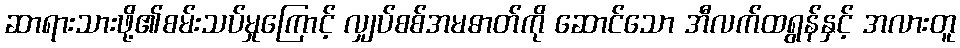
ဆာရားသားဖို့၏စမ်းသပ်မှုကြောင့် လျှပ်စစ်အမဓာတ်ကို ဆောင်သော အီလက်ထရွန်နှင့် အလားတူ